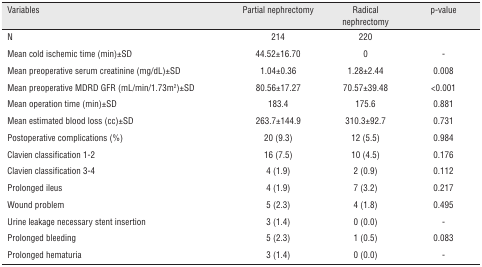
<table><thead><tr><td><b>Variables</b></td><td><b>Partial nephrectomy</b></td><td><b>Radical nephrectomy</b></td><td><b>p-value</b></td></tr></thead><tbody><tr><td>N</td><td>214</td><td>220</td><td></td></tr><tr><td>Mean cold ischemic time (min)±SD</td><td>44.52±16.70</td><td>0</td><td>-</td></tr><tr><td>Mean preoperative serum creatinine (mg/dL)±SD</td><td>1.04±0.36</td><td>1.28±2.44</td><td>0.008</td></tr><tr><td>Mean preoperative MDRD GFR (mL/min/1.73m<sup>2</sup>)±SD</td><td>80.56±17.27</td><td>70.57±39.48</td><td>&lt;0.001</td></tr><tr><td>Mean operation time (min)±SD</td><td>183.4</td><td>175.6</td><td>0.881</td></tr><tr><td>Mean estimated blood loss (cc)±SD</td><td>263.7±144.9</td><td>310.3±92.7</td><td>0.731</td></tr><tr><td>Postoperative complications (%)</td><td>20 (9.3)</td><td>12 (5.5)</td><td>0.984</td></tr><tr><td>Clavien classification 1-2</td><td>16 (7.5)</td><td>10 (4.5)</td><td>0.176</td></tr><tr><td>Clavien classification 3-4</td><td>4 (1.9)</td><td>2 (0.9)</td><td>0.112</td></tr><tr><td>Prolonged ileus</td><td>4 (1.9)</td><td>7 (3.2)</td><td>0.217</td></tr><tr><td>Wound problem</td><td>5 (2.3)</td><td>4 (1.8)</td><td>0.495</td></tr><tr><td>Urine leakage necessary stent insertion</td><td>3 (1.4)</td><td>0 (0.0)</td><td>-</td></tr><tr><td>Prolonged bleeding</td><td>5 (2.3)</td><td>1 (0.5)</td><td>0.083</td></tr><tr><td>Prolonged hematuria</td><td>3 (1.4)</td><td>0 (0.0)</td><td>-</td></tr></tbody></table>